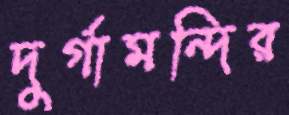
দুর্গামন্দির